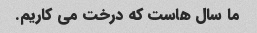
ما سال هاست که درخت می کاریم.